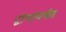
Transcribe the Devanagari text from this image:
द्वीपांपर्यंत